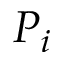
P _ { i }